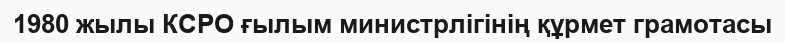
1980 жылы КСРО ғылым министрлігінің құрмет грамотасы